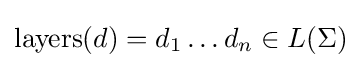
{\text{layers}}(d)=d_{1}\dots d_{n}\in L(\Sigma )